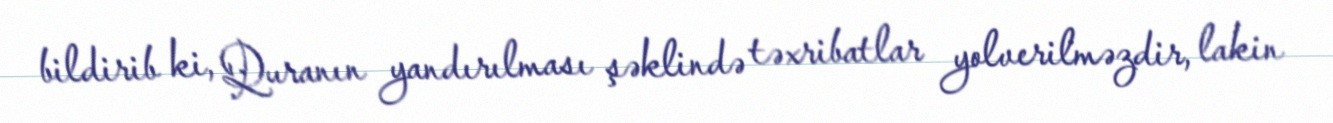
bildirib ki, Quranın yandırılması şəklində təxribatlar yolverilməzdir, lakin